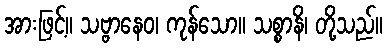
အားဖြင့်။ သဗ္ဗာနေဝ၊ ကုန်သော။ သစ္စာနိ၊ တို့သည်။